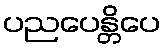
ပညပေန္တိပေ